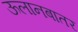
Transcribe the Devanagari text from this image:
ऊलानबातर